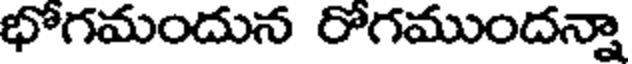
భోగమందున రోగముందన్నా